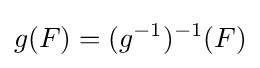
g(F)=(g^{-1})^{-1}(F)